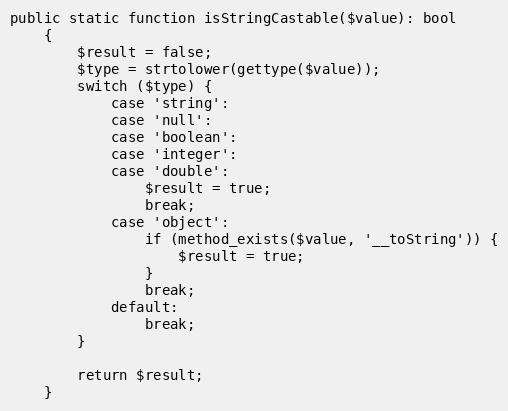
Language: PHP
public static function isStringCastable($value): bool
    {
        $result = false;
        $type = strtolower(gettype($value));
        switch ($type) {
            case 'string':
            case 'null':
            case 'boolean':
            case 'integer':
            case 'double':
                $result = true;
                break;
            case 'object':
                if (method_exists($value, '__toString')) {
                    $result = true;
                }
                break;
            default:
                break;
        }

        return $result;
    }